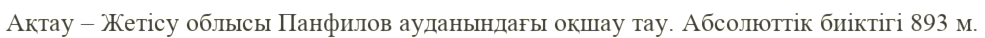
Ақтау – Жетісу облысы Панфилов ауданындағы оқшау тау. Абсолюттік биіктігі 893 м.